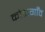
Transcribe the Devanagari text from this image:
कोंडागाँव